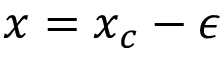
x = x _ { c } - \epsilon